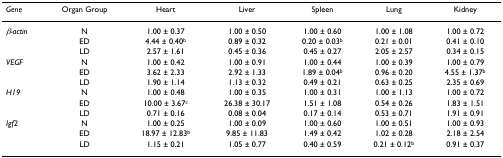
| Gene | Organ Group | Heart | Liver | Spleen | Lung | Kidney |
 | --- | --- | --- | --- | --- | --- | --- |
 | β-actin | N | 1.00 ± 0.37 | 1.00 ± 0.50 | 1.00 ± 0.60 | 1.00 ± 1.08 | 1.00 ± 0.72 |
 |  | ED | 4.44 ± 0.40b | 0.89 ± 0.32 | 0.20 ± 0.03b | 0.21 ± 0.01 | 0.41 ± 0.10 |
 |  | LD | 2.57 ± 1.61 | 0.45 ± 0.36 | 0.45 ± 0.27 | 2.05 ± 2.57 | 0.34 ± 0.15 |
 | VEGF | N | 1.00 ± 0.42 | 1.00 ± 0.91 | 1.00 ± 0.44 | 1.00 ± 0.39 | 1.00 ± 0.79 |
 |  | ED | 3.62 ± 2.33 | 2.92 ± 1.33 | 1.89 ± 0.04b | 0.96 ± 0.20 | 4.55 ± 1.37b |
 |  | LD | 1.90 ± 1.14 | 1.13 ± 0.32 | 0.49 ± 0.21 | 0.63 ± 0.25 | 2.35 ± 0.69 |
 | H19 | N | 1.00 ± 0.48 | 1.00 ± 0.35 | 1.00 ± 0.31 | 1.00 ± 1.13 | 1.00 ± 0.72 |
 |  | ED | 10.00 ± 3.67c | 26.38 ± 30.17 | 1.51 ± 1.08 | 0.54 ± 0.26 | 1.83 ± 1.51 |
 |  | LD | 0.71 ± 0.16 | 0.08 ± 0.04 | 0.17 ± 0.14 | 0.53 ± 0.71 | 1.91 ± 0.91 |
 | Igf2 | N | 1.00 ± 0.25 | 1.00 ± 0.09 | 1.00 ± 0.60 | 1.00 ± 0.51 | 1.00 ± 0.93 |
 |  | ED | 18.97 ± 12.83b | 9.85 ± 11.83 | 1.49 ± 0.42 | 1.02 ± 0.28 | 2.18 ± 2.54 |
 |  | LD | 1.15 ± 0.21 | 1.05 ± 0.77 | 0.40 ± 0.59 | 0.21 ± 0.12b | 0.91 ± 0.37 |